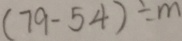
( 7 9 - 5 4 ) \div m